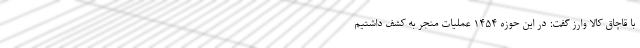
با قاچاق کالا وارز گفت: در این حوزه ۱۴۵۴ عملیات منجر به کشف داشتیم